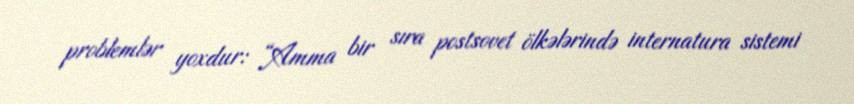
problemlər yoxdur: “Amma bir sıra postsovet ölkələrində internatura sistemi